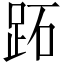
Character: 跖